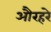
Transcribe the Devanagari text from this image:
औरहरे